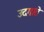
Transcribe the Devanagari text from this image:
उदगाते